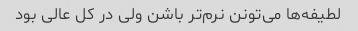
لطیفه‌ها می‌تونن نرم‌تر باشن ولی در کل عالی بود